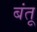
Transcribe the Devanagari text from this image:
बंतू